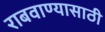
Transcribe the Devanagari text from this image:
राबवाण्यासाठी